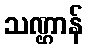
သဏ္ဌာန်